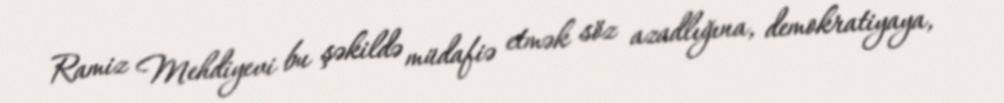
Ramiz Mehdiyevi bu şəkildə müdafiə etmək söz azadlığına, demokratiyaya,